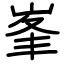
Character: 峯